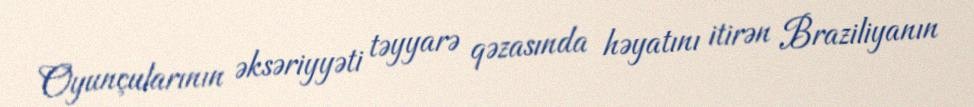
Oyunçularının əksəriyyəti təyyarə qəzasında həyatını itirən Braziliyanın